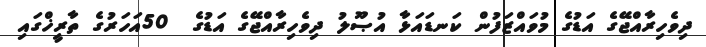
ދިވެހިރާއްޖޭގެ އަޑުގެ މުވައްޒަފުން ކަނޑައަޅާ އުޞޫލު ދިވެހިރާއްޖޭގެ އަޑުގެ  50އަހަރުގެ ތާރީޚްގައި